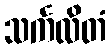
သင်္ကလိတံ